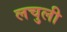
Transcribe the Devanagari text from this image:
लचुली